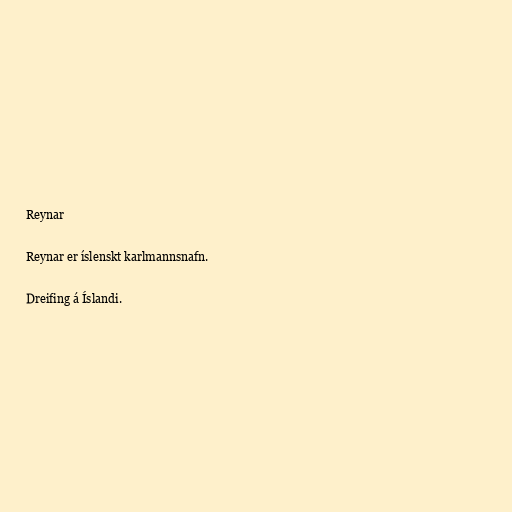
Reynar

Reynar er íslenskt karlmannsnafn.

Dreifing á Íslandi.